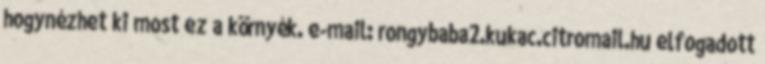
hogynézhet ki most ez a környék. e-mail: rongybaba2.kukac.citromail.hu elfogadott